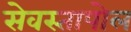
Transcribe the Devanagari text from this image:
सेवस्तापोल